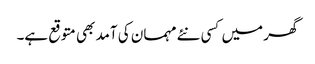
گھر میں کسی نئے مہمان کی آمد بھی متوقع ہے۔